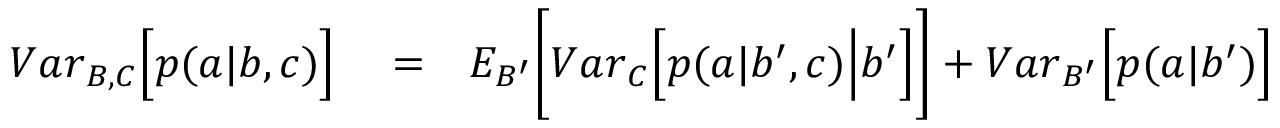
\begin{array} { r l r } { { V a r } _ { B , C } \Big [ p ( a | b , c ) \Big ] } & { { } = } & { { E } _ { B ^ { \prime } } \Bigg [ { V a r } _ { C } \Big [ p ( a | b ^ { \prime } , c ) \Big | b ^ { \prime } \Big ] \Bigg ] + { V a r } _ { B ^ { \prime } } \Big [ p ( a | b ^ { \prime } ) \Big ] } \end{array}